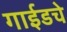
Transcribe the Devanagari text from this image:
गाईडचे